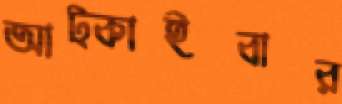
আট্‌কাইবার